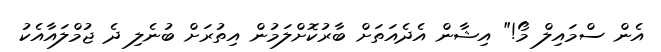
އެން ސްމައިލް މޯ!" އިޝާން އެދެއަތަށް ބާރުކޮށްލަމުން އިތުރަށް ބުނެލި ދެ ޖުމްލައާއެކު